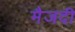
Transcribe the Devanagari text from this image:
मैजदी